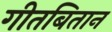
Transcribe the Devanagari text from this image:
गीतबितान